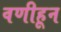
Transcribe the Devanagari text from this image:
वणीहून